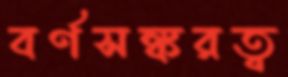
বর্ণসঙ্করত্ব